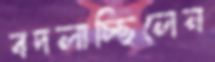
বদলাচ্ছিলেন